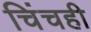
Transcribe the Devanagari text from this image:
चिंचही